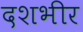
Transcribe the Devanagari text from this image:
दशभीर